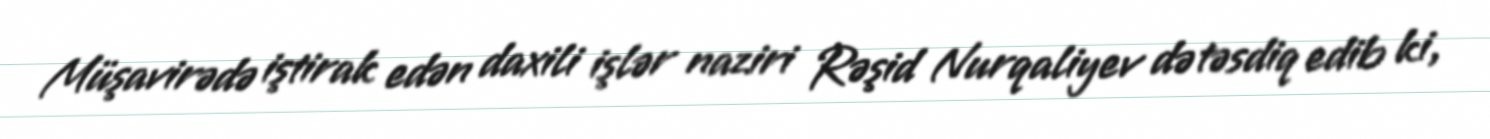
Müşavirədə iştirak edən daxili işlər naziri Rəşid Nurqaliyev də təsdiq edib ki,